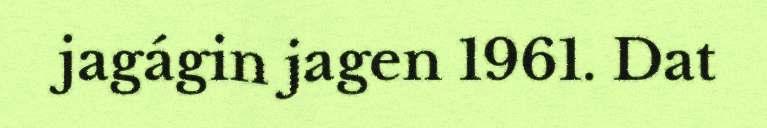
jagágin jagen 1961. Dat